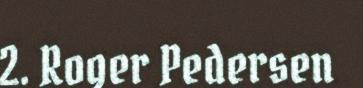
2. Roger Pedersen